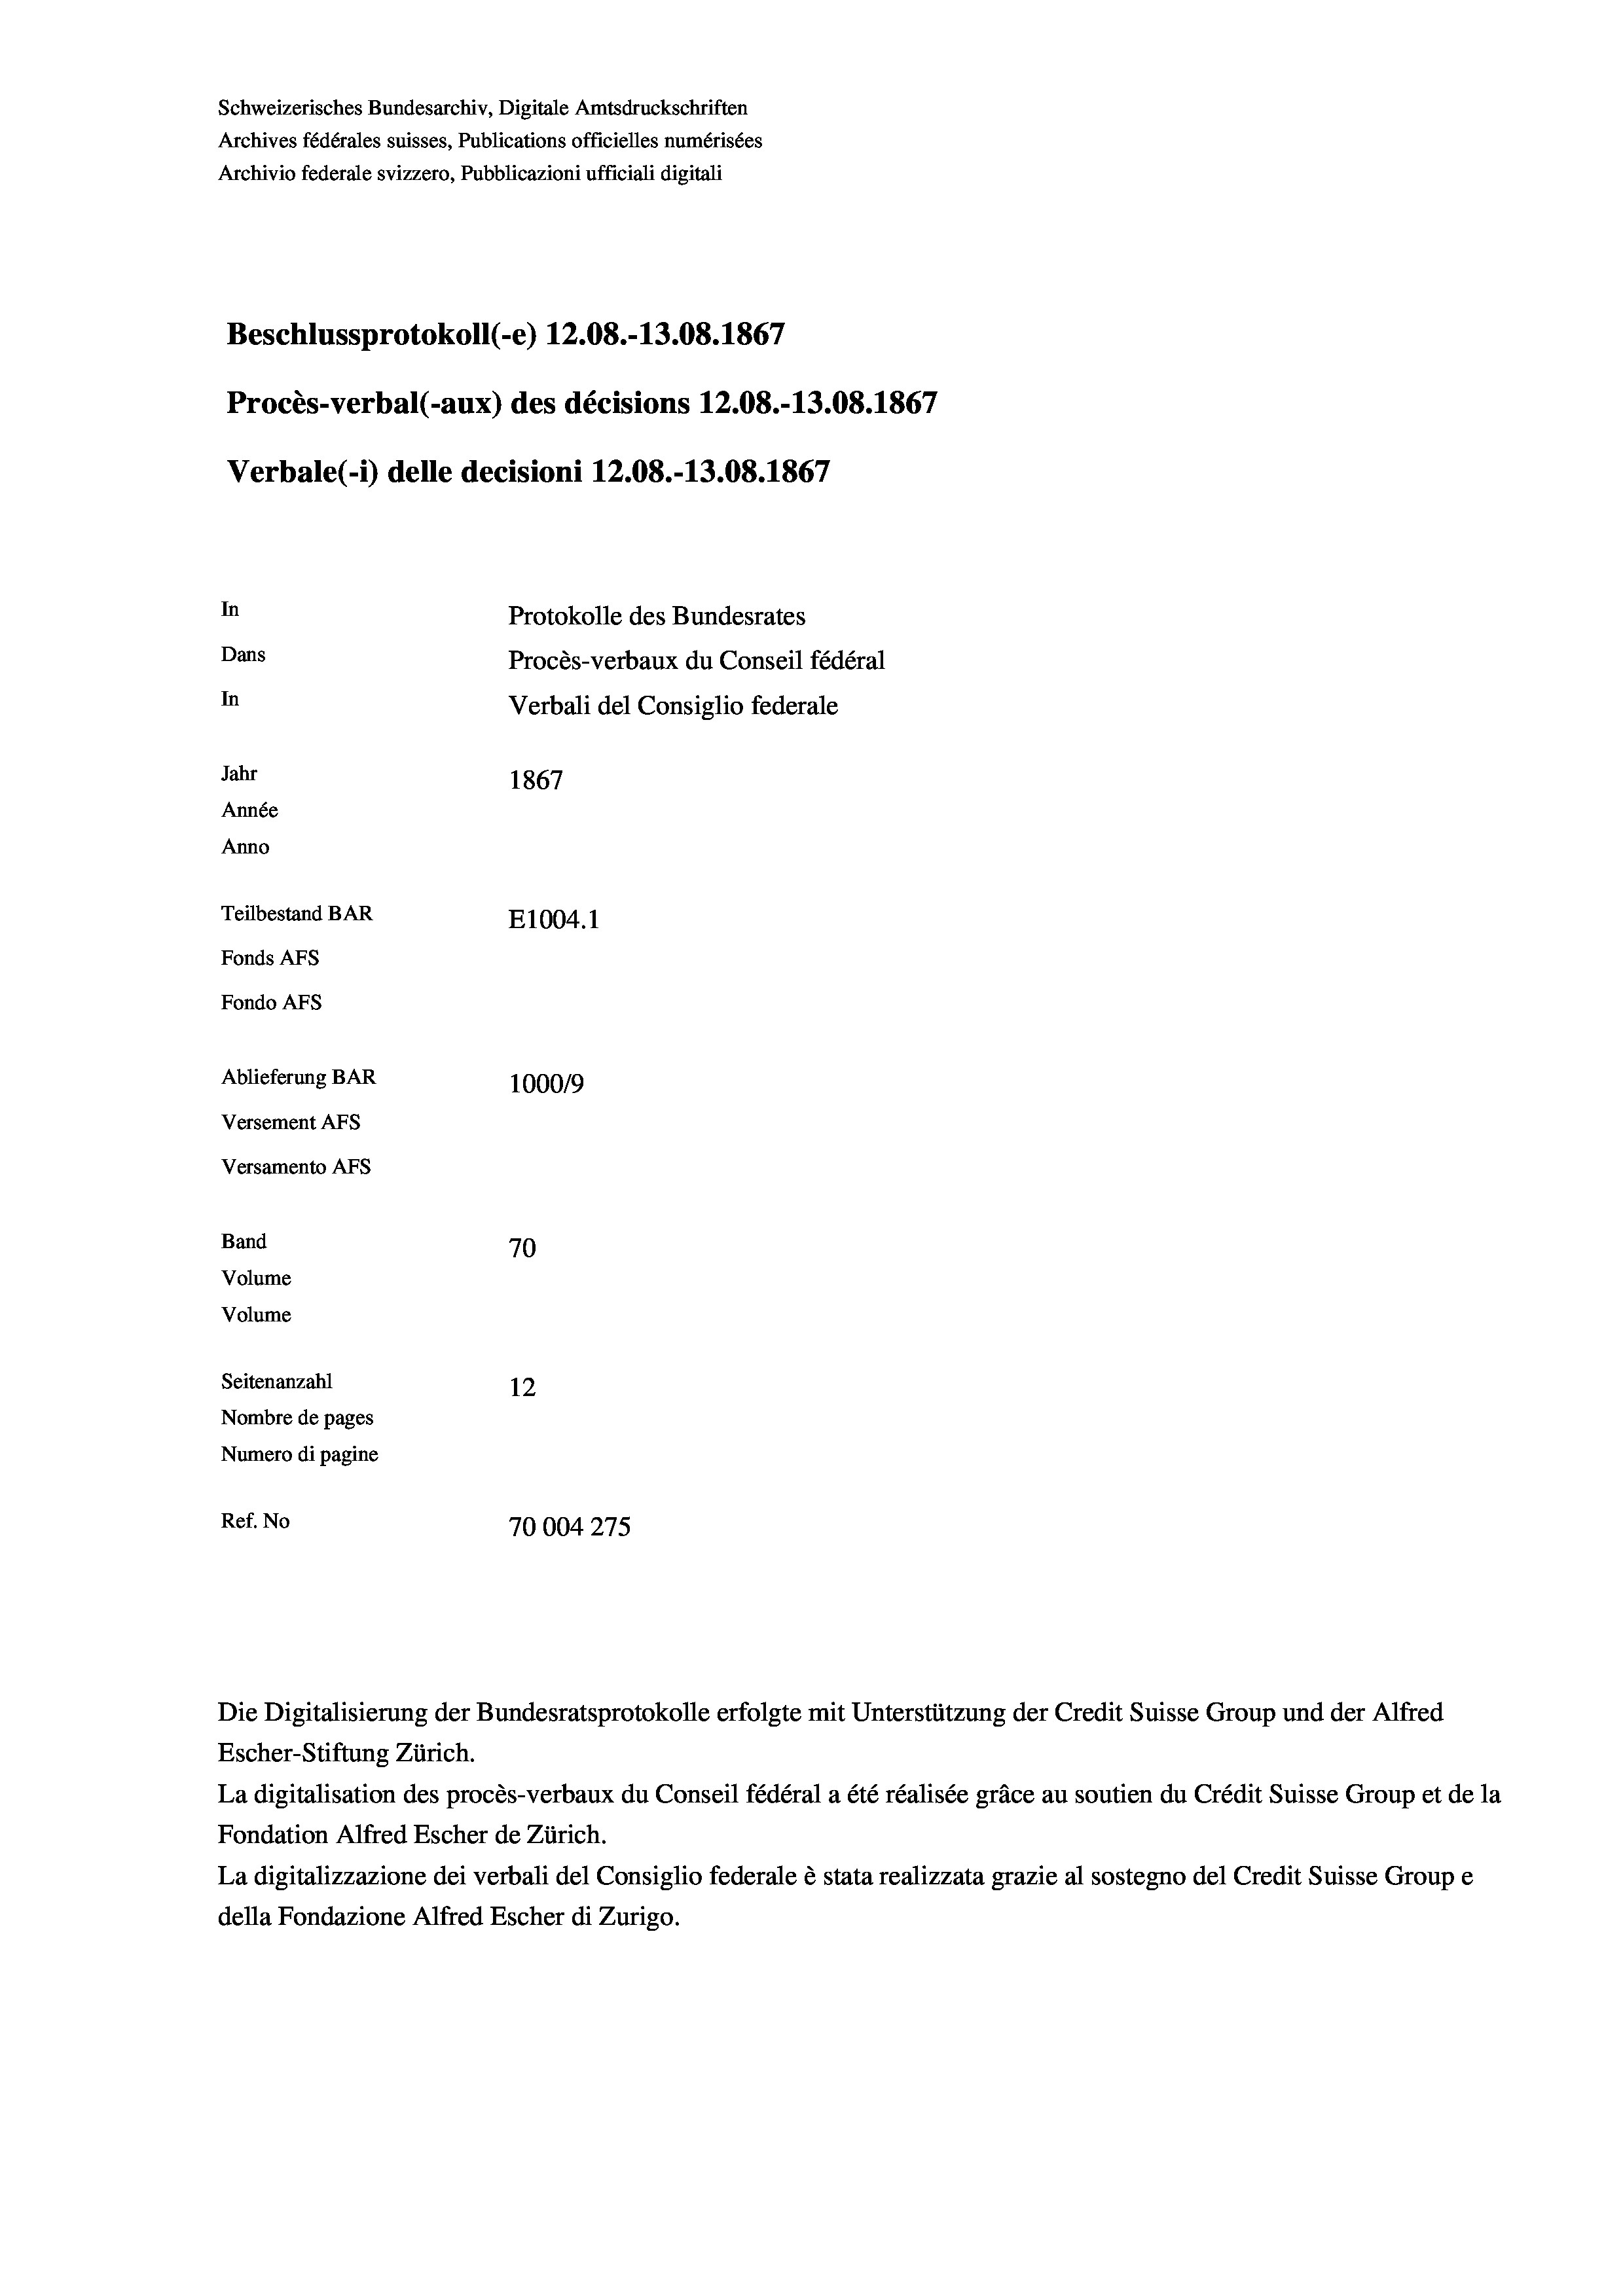
Schweizerisches Bundesarchiv, Digitale Amtsdruckschriften
Archives fédérales suisses, Publications officielles numérisées
Archivio federale svizzero, Pubblicazioni ufficiali digitali
Beschlussprotokoll (e) 12.08.-13.08. 1867
Procès-verbal (-aux) des décisions 12.08.-13.08. 1867
Verbale(-*) delle decisioni 12.08.-13.08. 1867
In
Protokolle des Bundesrates
Dans
Procès-verbaux du Conseil fédéral
In
Verbali del Consiglio federale
Jahr
1867
Année
Anno
Teilbestand BAR
E1004.1
Fonds AFs
Fondo AFS
Ablieferung BAR
100019
Versement AFs
Versamento AFs
Band
70
Volume
Volume
Seitenanzahl
12
Nombre de pages
Numero di pagine
Ref. No
70004275

Escher-Stiftung Zürich.
La digitalisation des procès-verbaux du Conseil fédéral a été réalisée gräce au soutien du Crédit Suisse Group et de la
Fondation Alfred Escher de Zürich.
La digitalizzazione dei verbali del Consiglio federale è stata realizzata grazie al sostegno del Credit Suisse Groupe
della Fondazione Alfred Escher di Zurigo.

Die Digitalisierung der Bundesratsprotokolle erfolgte mit Unterstützung der Credit Suisse Group und der Alfred